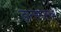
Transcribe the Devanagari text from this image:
डान्समास्तर